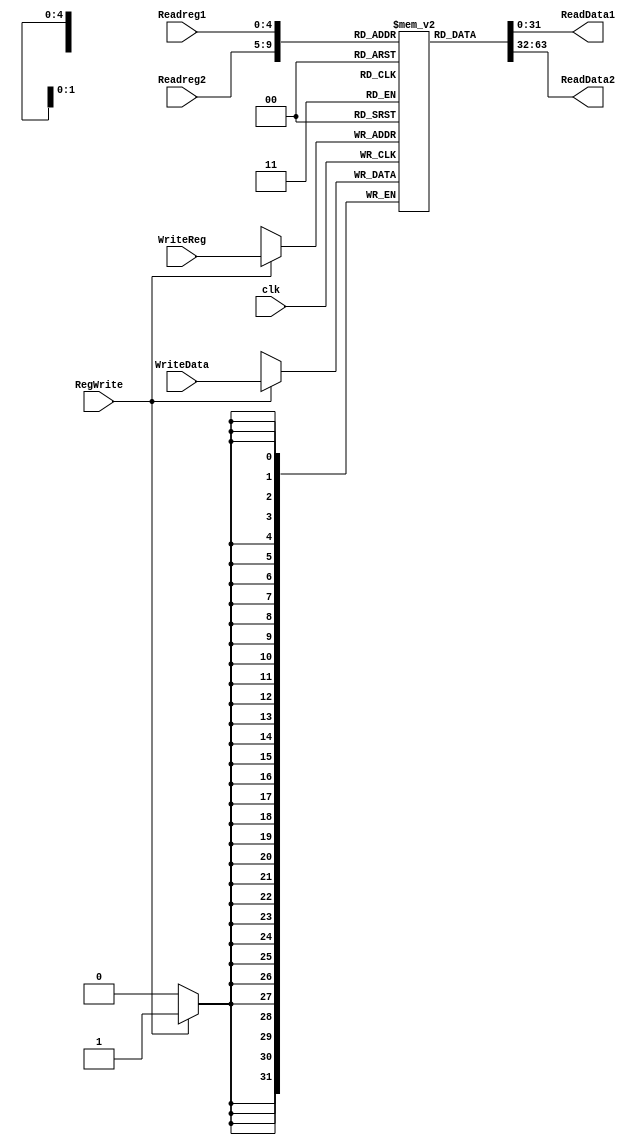
module registerfile(Readreg1,Readreg2,WriteReg,WriteData, RegWrite,ReadData1,ReadData2,clk);
input clk,RegWrite;
input [4:0] Readreg1,Readreg2,WriteReg;
input [31:0] WriteData;
output [31:0] ReadData1,ReadData2;
//here we make the mem registers
reg [31:0] regs_file [31:0];

assign ReadData1=regs_file[Readreg1];
assign ReadData2=regs_file[Readreg2];

always@(posedge clk) begin
	if(RegWrite) begin
		regs_file[WriteReg]<=WriteData;
	end
end

endmodule